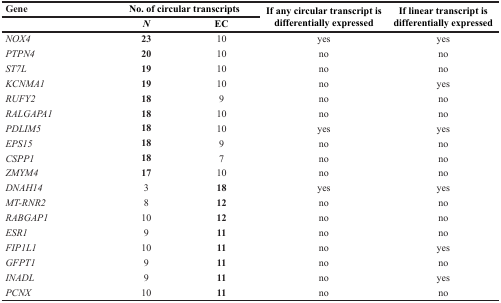
| Gene | <COLSPAN=2> No. of circular transcripts | <ROWSPAN=2> If any circular transcript is differentially expressed | <ROWSPAN=2> If linear transcript is differentially expressed |
 |  | N | EC |
 | --- | --- | --- | --- | --- |
 | NOX4 | 23 | 10 | yes | yes |
 | PTPN4 | 20 | 10 | no | no |
 | ST7L | 19 | 10 | no | no |
 | KCNMA1 | 19 | 10 | no | yes |
 | RUFY2 | 18 | 9 | no | no |
 | RALGAPA1 | 18 | 10 | no | no |
 | PDLIM5 | 18 | 10 | yes | yes |
 | EPS15 | 18 | 9 | no | no |
 | CSPP1 | 18 | 7 | no | no |
 | ZMYM4 | 17 | 10 | no | no |
 | DNAH14 | 3 | 18 | yes | yes |
 | MT-RNR2 | 8 | 12 | no | no |
 | RABGAP1 | 10 | 12 | no | no |
 | ESR1 | 9 | 11 | no | no |
 | FIP1L1 | 10 | 11 | no | yes |
 | GFPT1 | 9 | 11 | no | no |
 | INADL | 9 | 11 | no | yes |
 | PCNX | 10 | 11 | no | no |